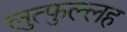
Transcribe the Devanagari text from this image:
लुत्फुल्लह